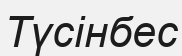
Түсінбес